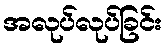
အလုပ်လုပ်ခြင်း